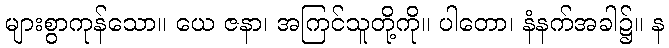
များစွာကုန်သော။ ယေ ဇနာ၊ အကြင်သူတို့ကို။ ပါတော၊ နံနက်အခါ၌။ န